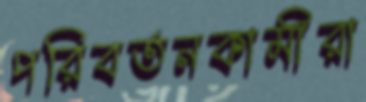
পরিবর্তনকামীরা